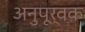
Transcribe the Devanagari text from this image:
अनुपूर्वक